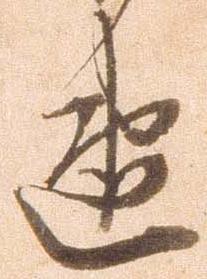
速